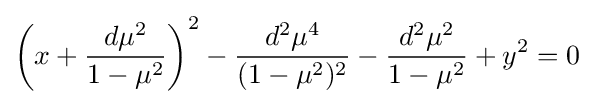
\left(x+{\frac {d\mu ^{2}}{1-\mu ^{2}}}\right)^{2}-{\frac {d^{2}\mu ^{4}}{(1-\mu ^{2})^{2}}}-{\frac {d^{2}\mu ^{2}}{1-\mu ^{2}}}+y^{2}=0